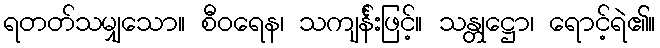
ရတတ်သမျှသော။ စီဝရေန၊ သကျင်္န်းဖြင့်။ သန္တုဋ္ဌော၊ ရောင့်ရဲ၏။